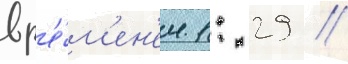
вр'е́м'ен'ем 1: 29 //